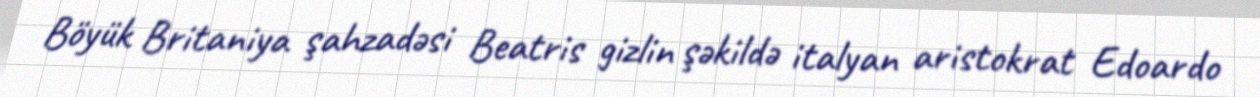
Böyük Britaniya şahzadəsi Beatris gizlin şəkildə italyan aristokrat Edoardo